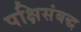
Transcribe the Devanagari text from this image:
पक्षिसंबद्ध